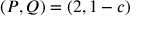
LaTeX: ( P , Q ) = ( 2 , 1 - c )